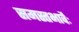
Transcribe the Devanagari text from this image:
समस्तभावैः